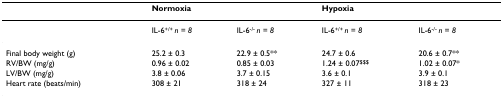
<table><thead><tr><td></td><td><b>Normoxia</b></td><td></td><td><b>Hypoxia</b></td><td></td></tr></thead><tbody><tr><td></td><td>IL-6<sup>+/+ </sup><i>n = 8</i></td><td>IL-6<sup>-/- </sup><i>n = 8</i></td><td>IL-6<sup>+/+ </sup><i>n = 8</i></td><td>IL-6<sup>-/- </sup><i>n = 8</i></td></tr><tr><td>Final body weight (g)</td><td>25.2 ± 0.3</td><td>22.9 ± 0.5**</td><td>24.7 ± 0.6</td><td>20.6 ± 0.7**</td></tr><tr><td>RV/BW (mg/g)</td><td>0.96 ± 0.02</td><td>0.85 ± 0.03</td><td>1.24 ± 0.07<sup>$$$</sup></td><td>1.02 ± 0.07*</td></tr><tr><td>LV/BW (mg/g)</td><td>3.8 ± 0.06</td><td>3.7 ± 0.15</td><td>3.6 ± 0.1</td><td>3.9 ± 0.1</td></tr><tr><td>Heart rate (beats/min)</td><td>308 ± 21</td><td>318 ± 24</td><td>327 ± 11</td><td>318 ± 23</td></tr></tbody></table>